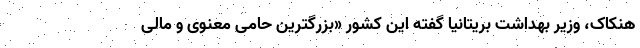
هنکاک، وزیر بهداشت بریتانیا گفته این کشور «بزرگترین حامی معنوی و مالی